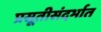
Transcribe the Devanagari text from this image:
प्रसूतीसंदर्भात